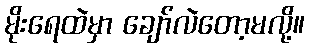
မိုးရေထဲမှာ ချော်လဲတော့မလို့။